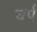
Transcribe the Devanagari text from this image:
चर्प